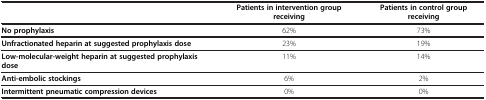
|  | Patients in intervention group receiving | Patients in control group receiving |
 | --- | --- | --- |
 | No prophylaxis | 62% | 73% |
 | Unfractionated heparin at suggested prophylaxis dose | 23% | 19% |
 | Low-molecular-weight heparin at suggested prophylaxis dose | 11% | 14% |
 | Anti-embolic stockings | 6% | 2% |
 | Intermittent pneumatic compression devices | 0% | 0% |